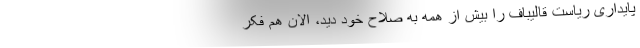
پایداری ریاست قالیباف را بیش از همه به صلاح خود دید، الان هم فکر